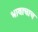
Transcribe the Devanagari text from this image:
भावाचाच